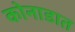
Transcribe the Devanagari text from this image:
कोनाडात